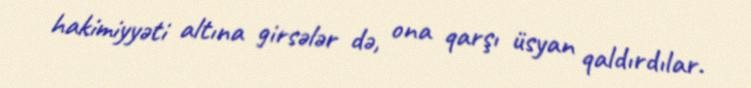
hakimiyyəti altına girsələr də, ona qarşı üsyan qaldırdılar.